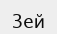
Зей